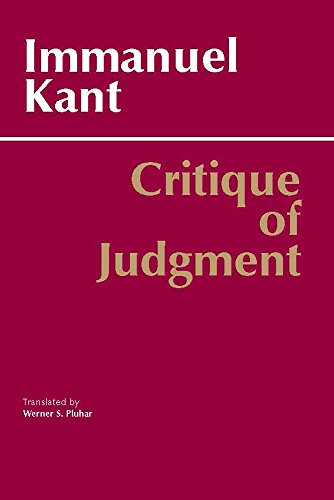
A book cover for Critique of Judgment (Hackett Classics); Immanuel Kant; Politics & Social Sciences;